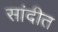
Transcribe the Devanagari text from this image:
सांदीत